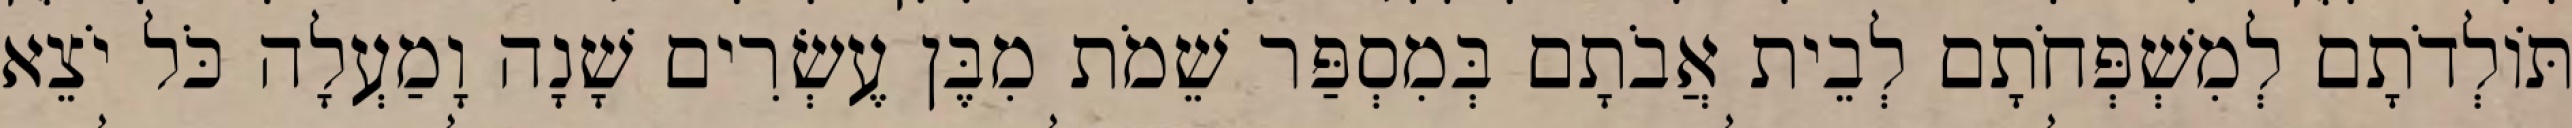
תּוֹלְדֹתָם לְמִשְׁפְּחֹתָם לְבֵית אֲבֹתָם בְּמִסְפַּר שֵׁמֹת מִבֶּן עֶשְׂרִים שָׁנָה וָמַעְלָה כֹּל יֹצֵא